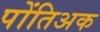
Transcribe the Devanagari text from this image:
पोंतिअक